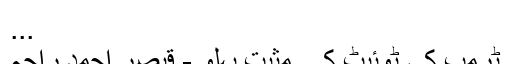
...
ٹرمپ کی ٹوئیٹ کے مثبت پہلو - قیصر احمد راجہ